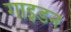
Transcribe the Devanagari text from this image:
गाइडन